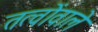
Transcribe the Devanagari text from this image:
तत्वोंवाले